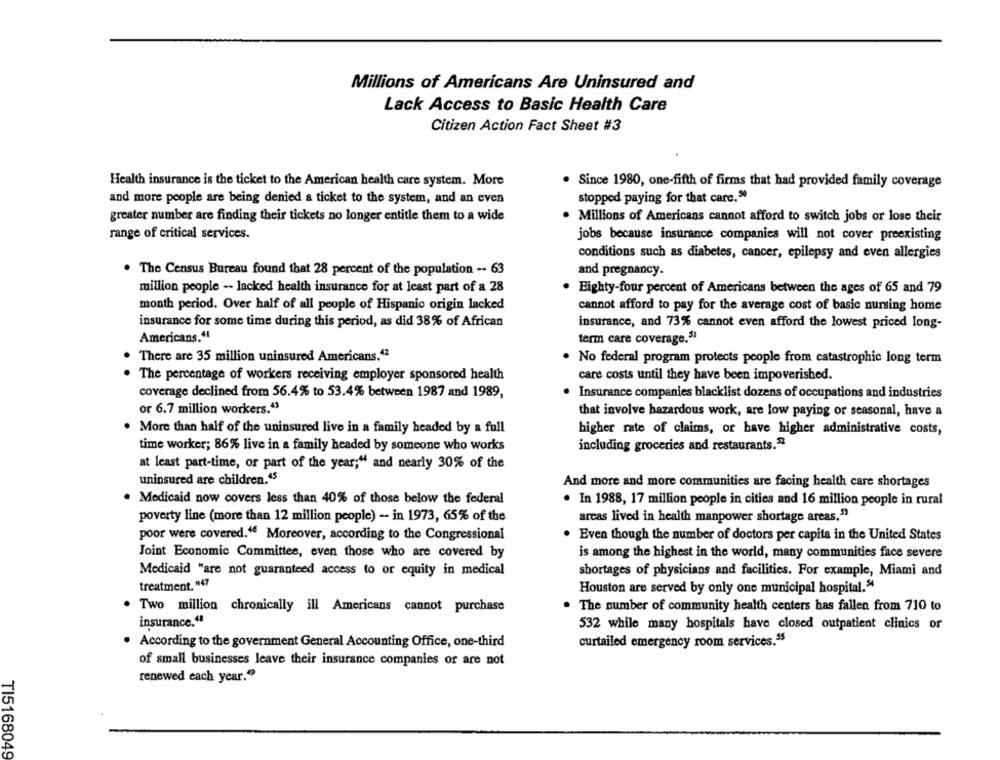
Millions of Americans Are Uninsured and
Lack Access to Basic Health Care
Citizen Action Fact Sheet #3
Health insurance is the ticket to the American health care system. More
. Since 1980, one-fifth of firms that had provided family coverage
and more people are being denied a ticket to the system, and an even
stopped paying for that care."
greater number are finding their tickets no longer entitle them to a wide
. Millions of Americans cannot afford to switch jobs or lose their
range of critical services.
jobs because insurance companies will not cover preexisting
conditions such as diabetes, cancer, epilepsy and even allergies
. The Census Bureau found that 28 percent of the population -- 63
and pregnancy.
million people -- lacked health insurance for at least part of a 28
. Eighty-four percent of Americans between the ages of 65 and 79
month period. Over half of all people of Hispanic origin lacked
cannot afford to pay for the average cost of basic nursing home
insurance for some time during this period, as did 38% of African
insurance, and 73% cannot even afford the lowest priced long-
Americans.4
term care coverage.51
There are 35 million uninsured Americans.42
No federal program protects people from catastrophic long term
. The percentage of workers receiving employer sponsored health
care costs until they have been impoverished.
coverage declined from 56.4% to 53.4% between 1987 and 1989,
Insurance companies blacklist dozens of occupations and industries
or 6.7 million workers.43
that involve hazardous work, are low paying or seasonal, have a
More than half of the uninsured live in a family headed by a full
higher rate of claims, or have higher administrative costs,
time worker; 86% live in a family headed by someone who works
including groceries and restaurants."
at least part-time, or part of the year;" and nearly 30% of the
uninsured are children.45
And more and more communities are facing health care shortages
. Medicaid now covers less than 40% of those below the federal
· In 1988, 17 million people in cities and 16 million people in rural
areas lived in health manpower shortage areas."
poverty line (more than 12 million people) - in 1973, 65% of the
poor were covered.16 Moreover, according to the Congressional
Even though the number of doctors per capita in the United States
Joint Economic Committee, even those who are covered by
is among the highest in the world, many communities face severe
Medicaid "are not guaranteed access to or equity in medical
shortages of physicians and facilities. For example, Miami and
treatment. "47
Houston are served by only one municipal hospital."
. Two million chronically ill Americans cannot purchase
The number of community health centers has fallen from 710 to
insurance.“
532 while many hospitals have closed outpatient clinics or
. According to the government General Accounting Office, one-third
curtailed emergency room services.55
of small businesses leave their insurance companies or are not
renewed each year."
TI5168049